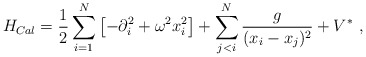
\begin{align*}H_{Cal} ={1 \over 2} \sum_{i=1}^N \left[ -\partial_i^2 + \omega^2 x_i^2 \right] + \sum_{j < i}^N \frac g {(x_i-x_j)^2} + V^*\ ,\end{align*}